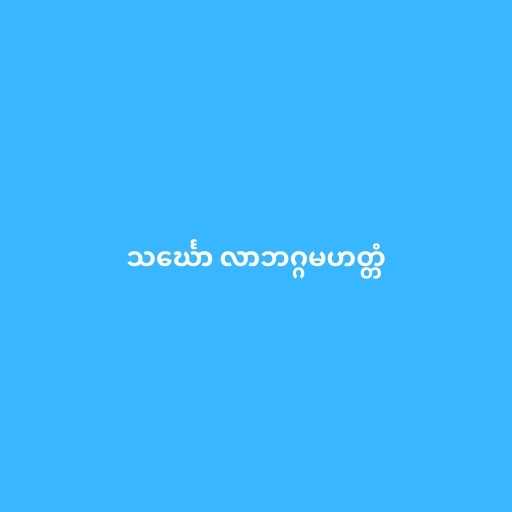
သင်္ဃော လာဘဂ္ဂမဟတ္တံ